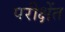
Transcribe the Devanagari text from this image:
परीक्षेंत